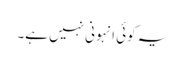
یہ کوئی انہونی نہیں ہے۔